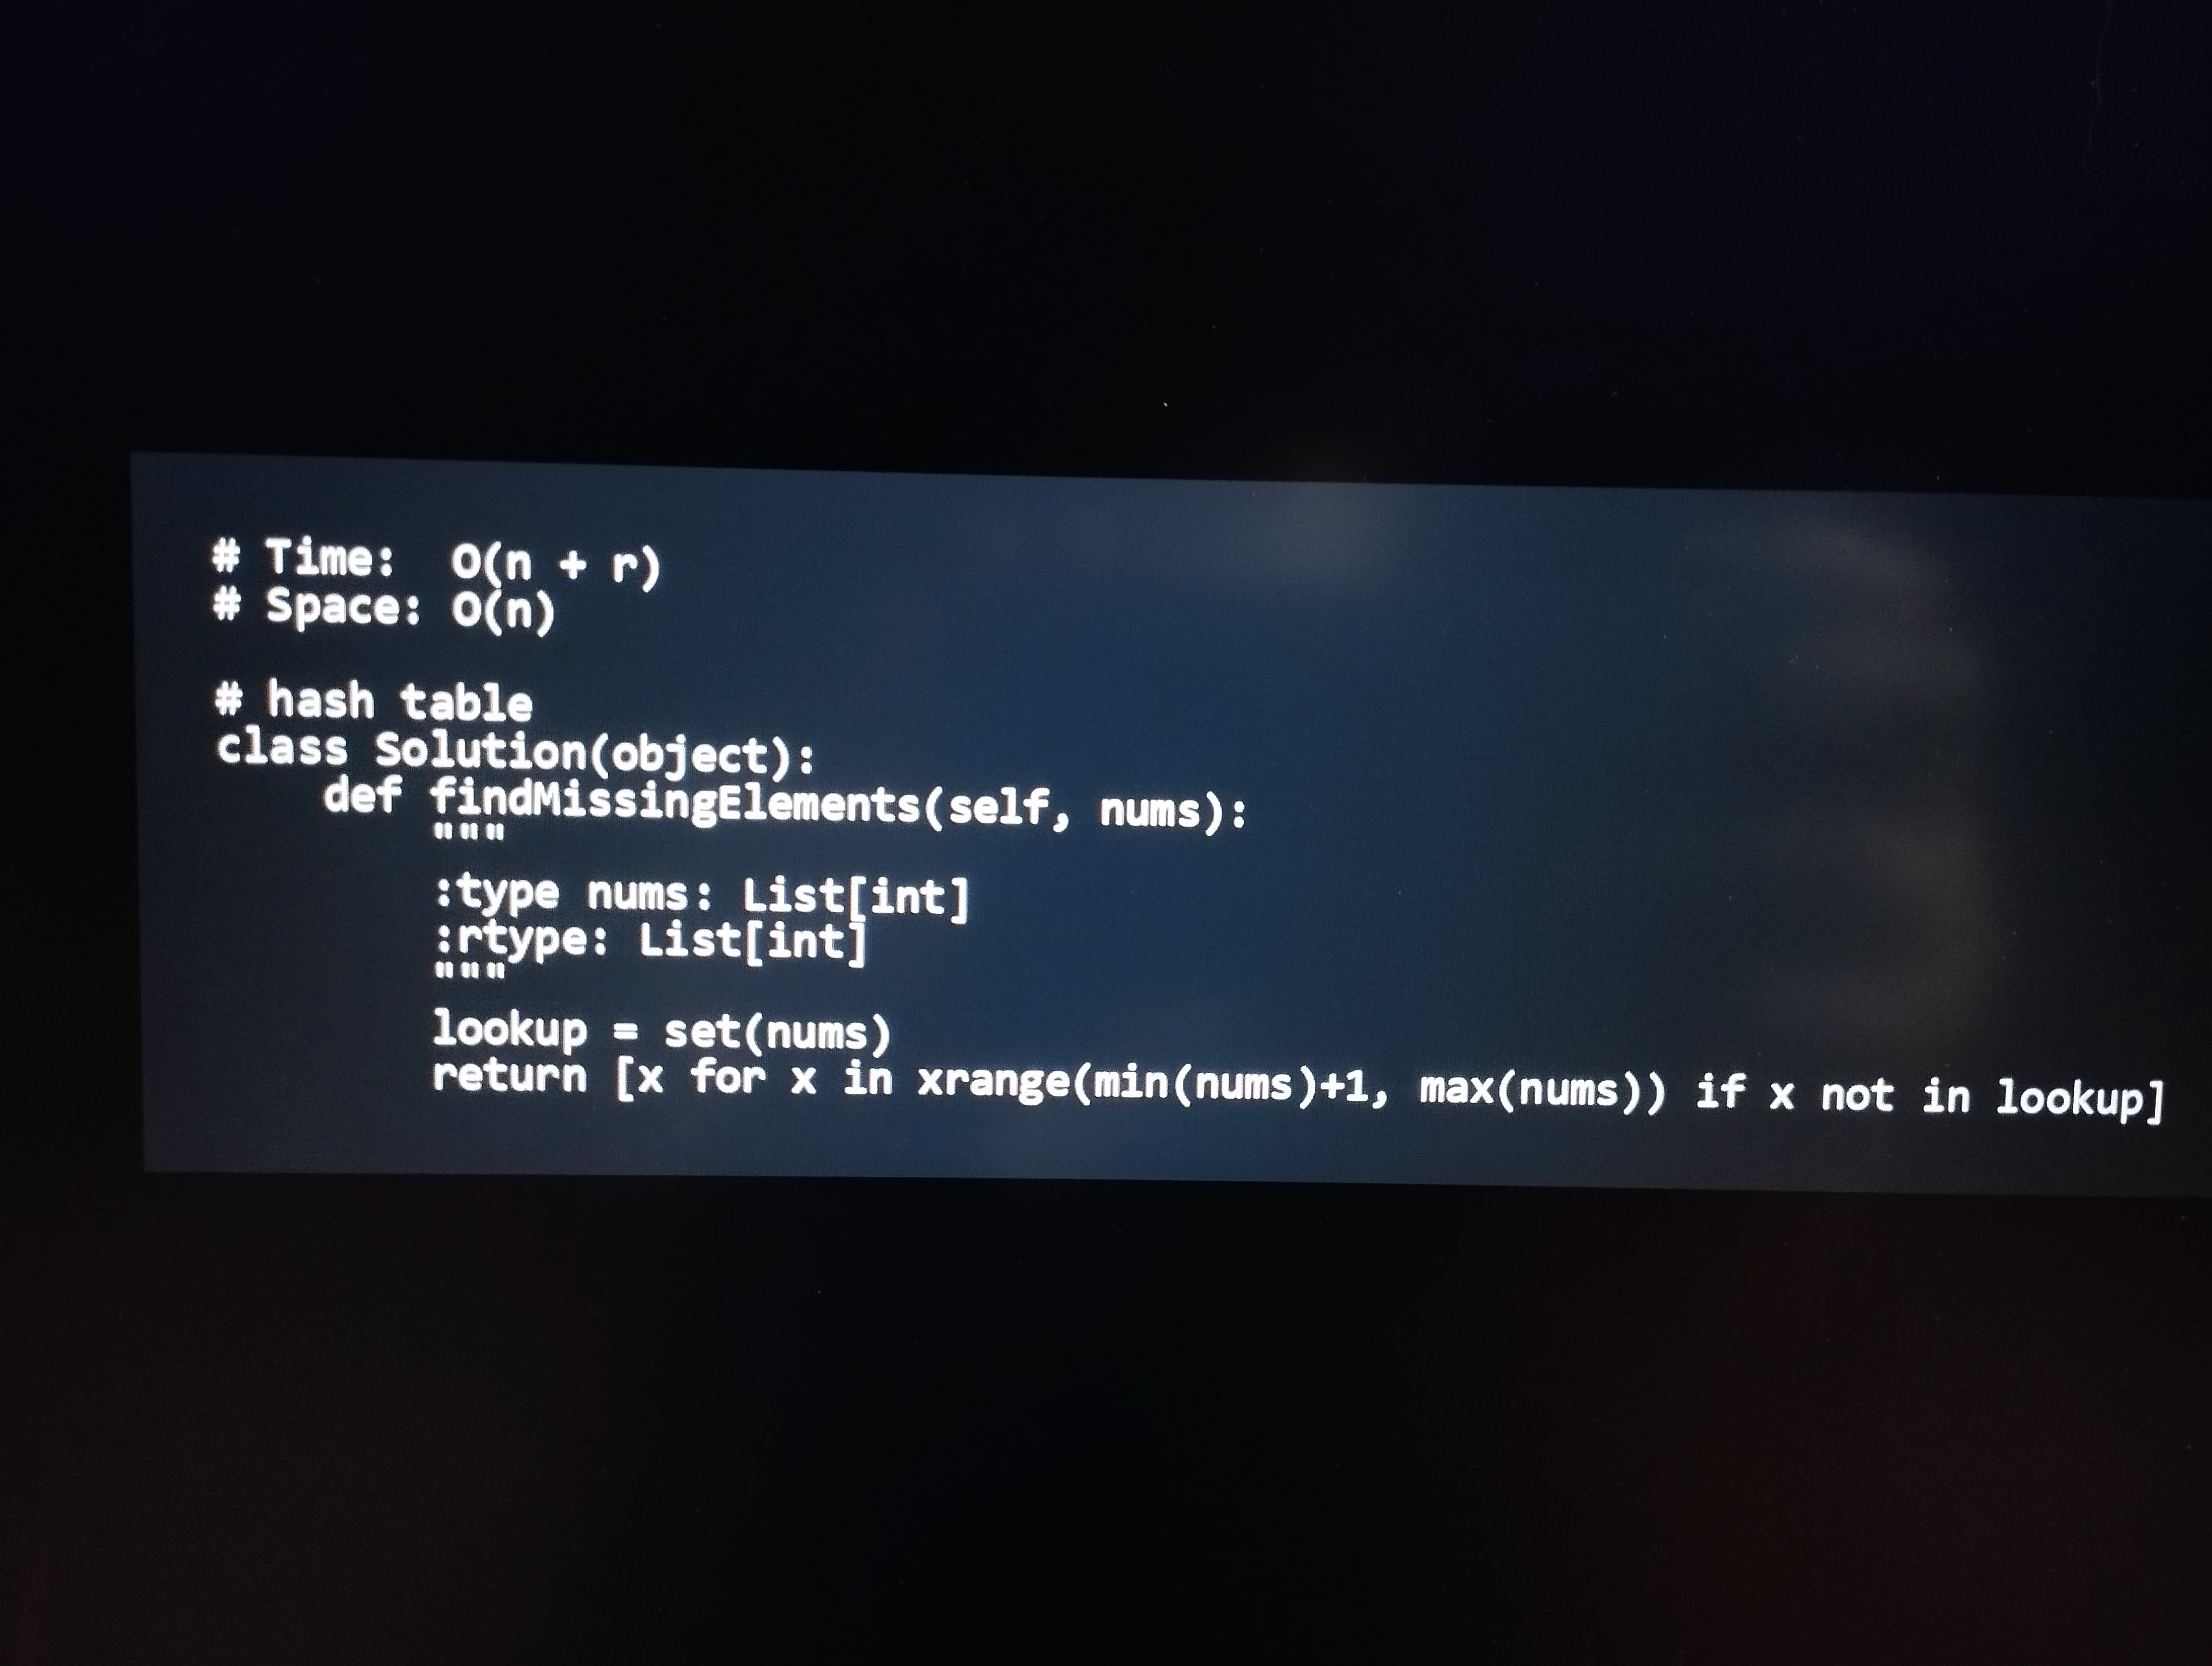
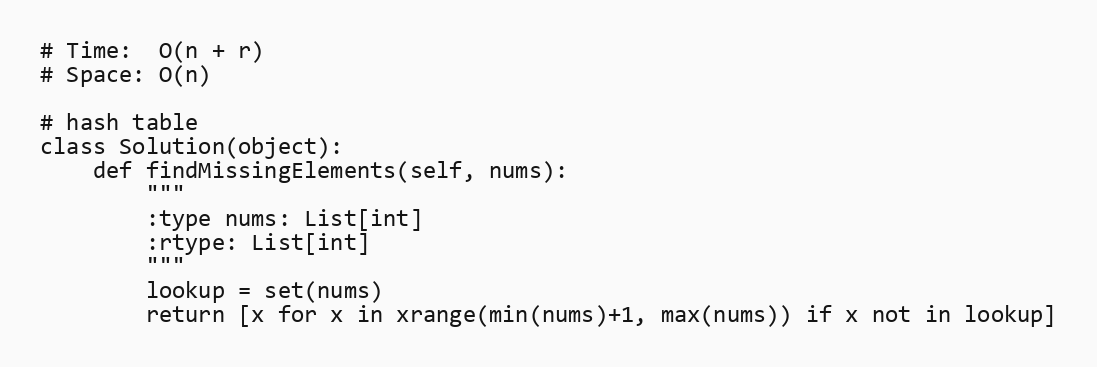
# Time:  O(n + r)
# Space: O(n)

# hash table
class Solution(object):
    def findMissingElements(self, nums):
        """
        :type nums: List[int]
        :rtype: List[int]
        """
        lookup = set(nums)
        return [x for x in xrange(min(nums)+1, max(nums)) if x not in lookup]